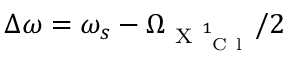
\Delta \omega = \omega _ { s } - \Omega _ { \mathrm { ~ X ~ } _ { \mathrm { ~ C ~ l ~ } } ^ { 1 } } / 2